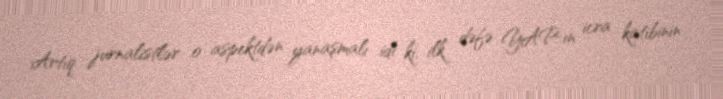
Artıq jurnalistlər o aspektdən yanaşmalı idi ki, ilk dəfə YAP-ın icra katibinin